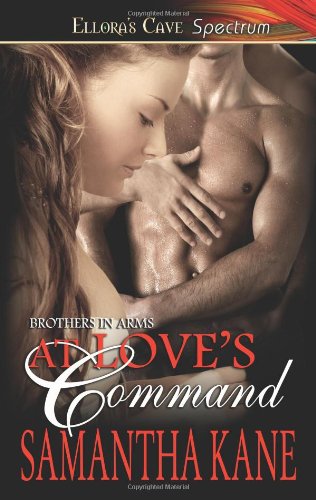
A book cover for At Love's Command (Brothers in Arms, Book 3); Samantha Kane; Romance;